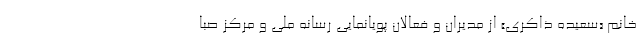
خانم «سعیده ذاکری» از مدیران و فعالان پویانمایی رسانه ملی و مرکز صبا